Account of plague administration in the Bombay Presidency from September 1896 till May 1897
Year: 1896
Disease focus: Plague
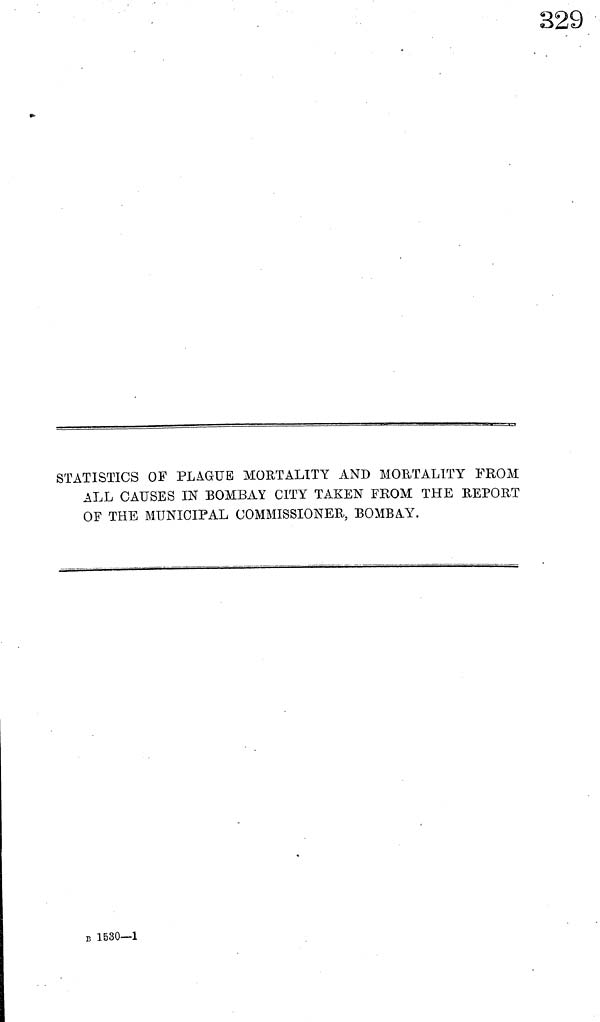
STATISTICS OF PLAGUE MORTALITY AND MORTALITY FROM
ALL CAUSES IN BOMBAY CITY TAKEN FROM THE REPORT
OF THE MUNICIPAL COMMISSIONER, BOMBAY.
B 1530—1